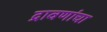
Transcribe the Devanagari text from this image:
द्रावणांचा